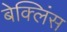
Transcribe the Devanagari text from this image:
बेक्लिंस